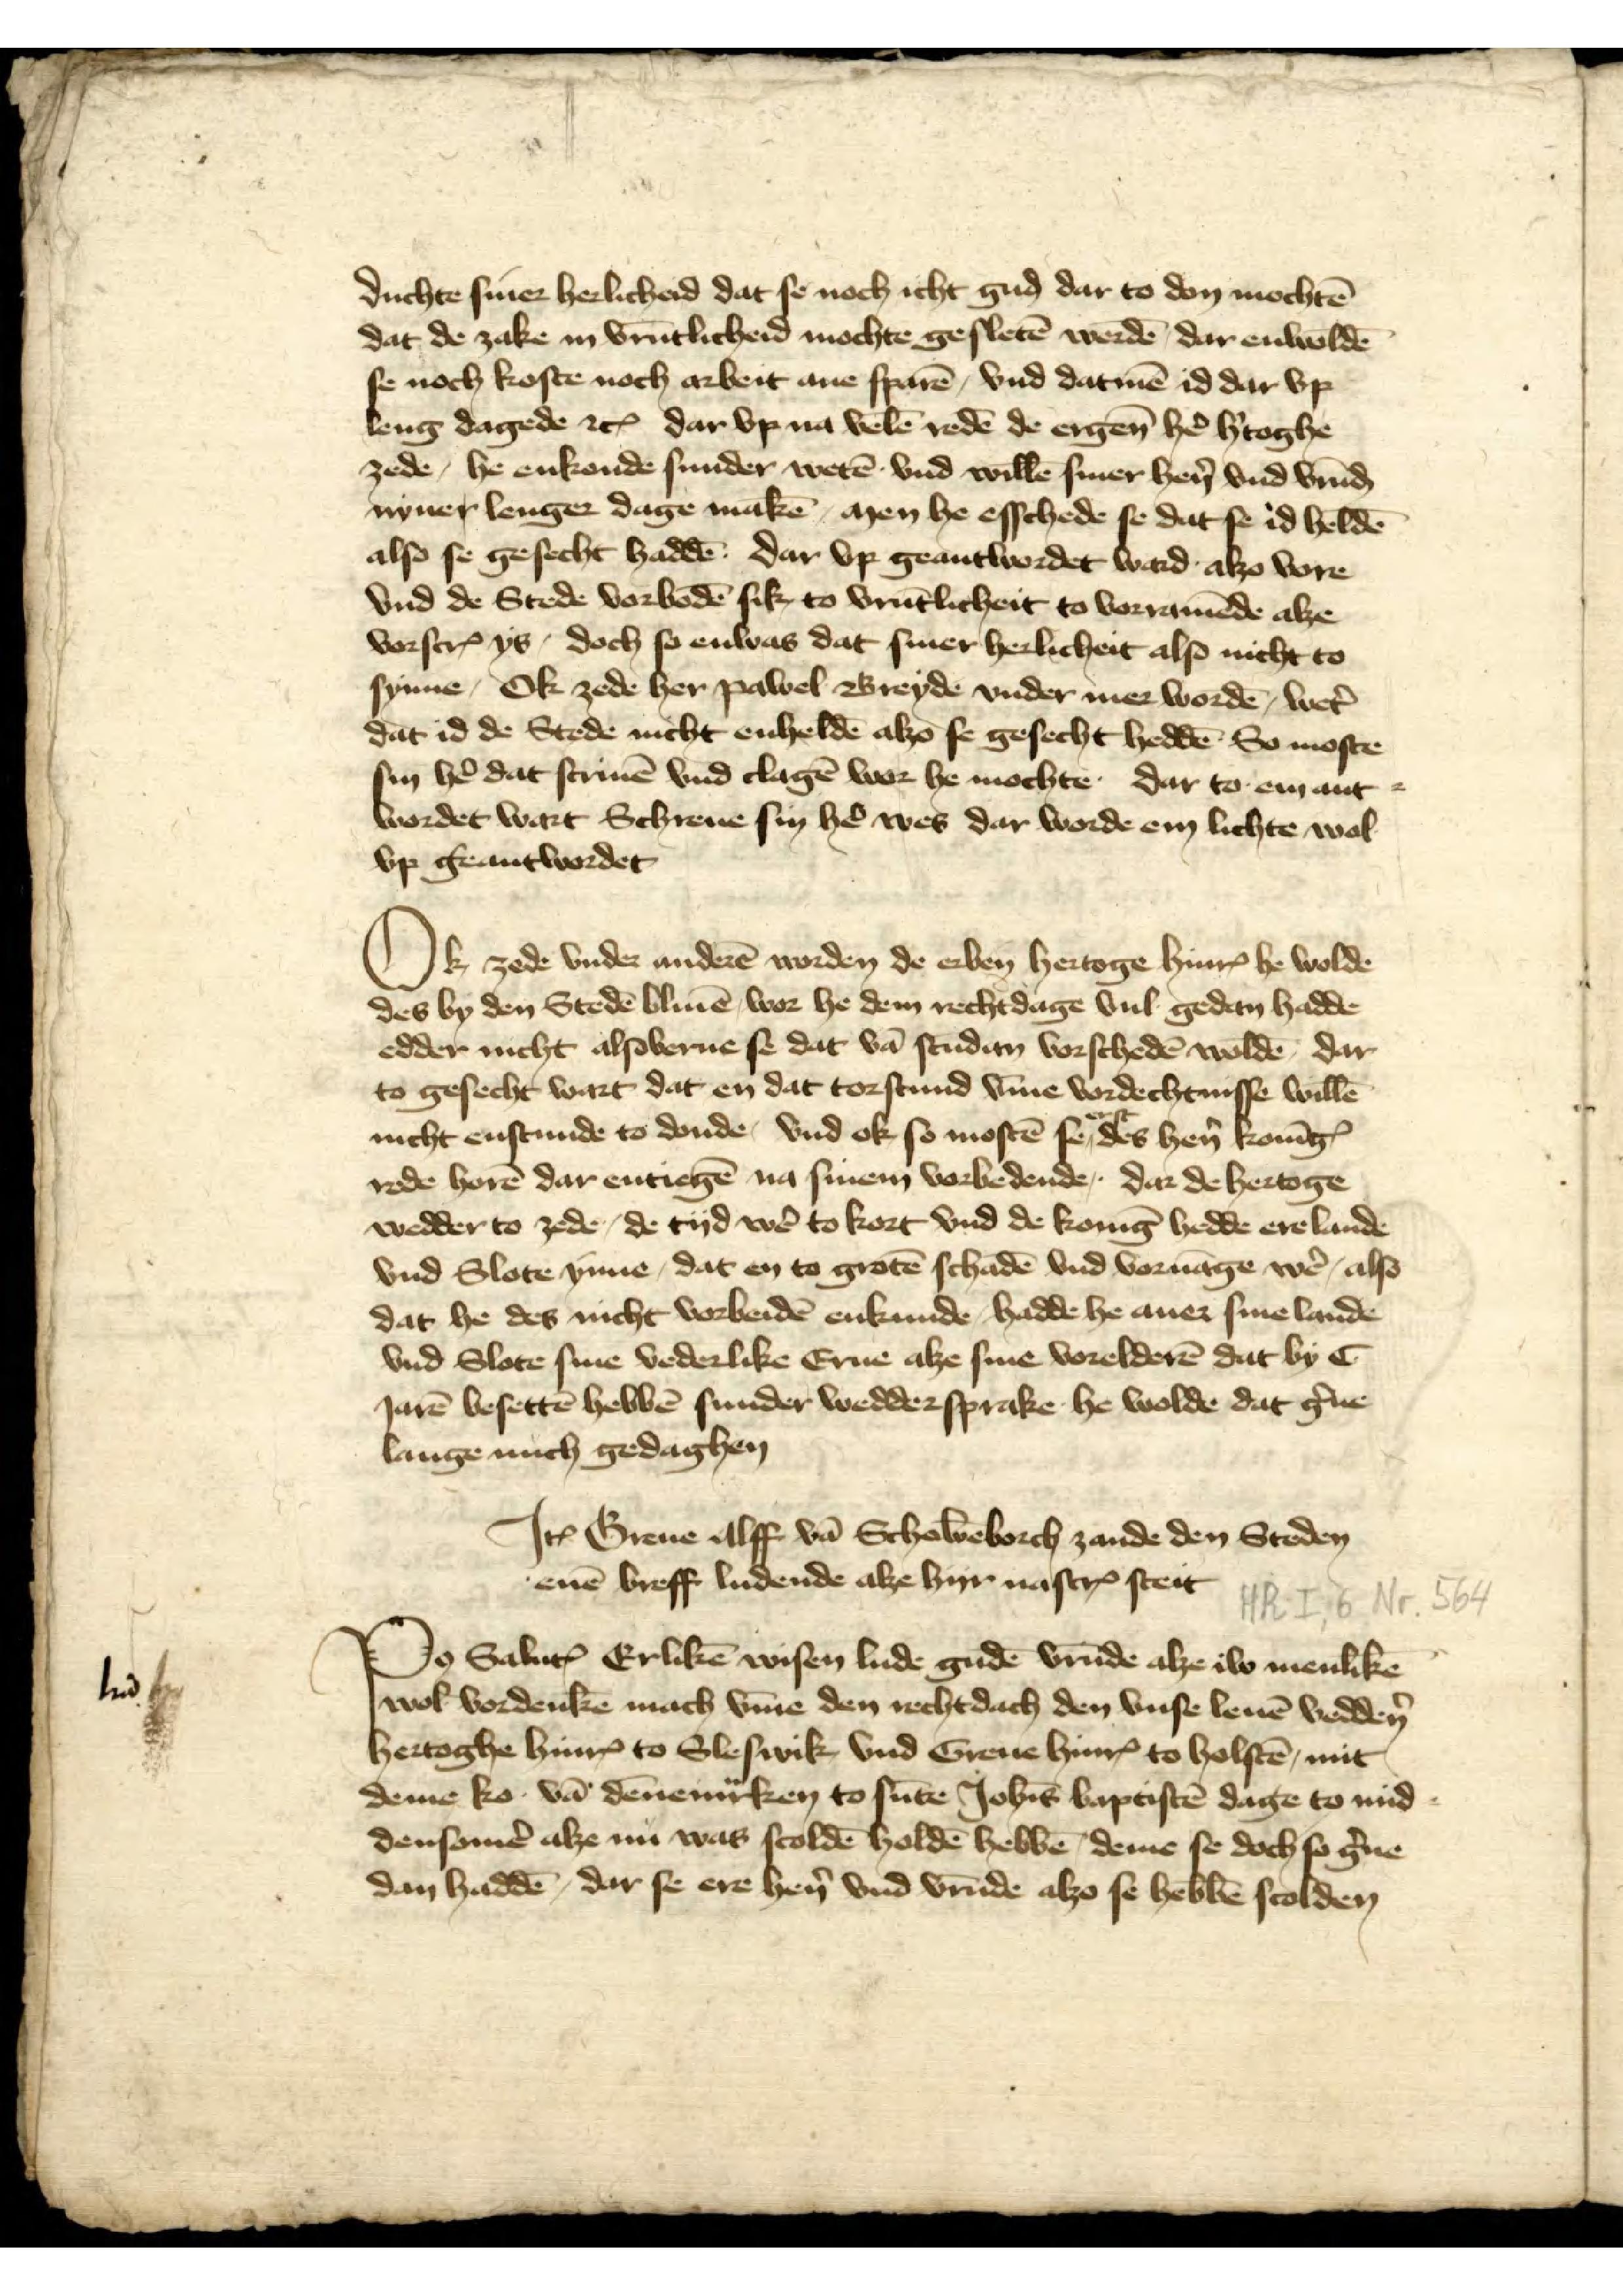
duchte siner herlicheid dat noch icht gud dar to don mochtē
dat de zake in vrūtlicheid mochte gesletē werdē, dar enwoldē
se noch koste noch arbeit ane sparē, vnd datmē id dar vp
leng dagede etꝬ dar vp na velē redē de ergen̄ hẻ h̉toghe
zede, he enkonde sunder wetē vnd willē siner hẻn vnd vrūḑ
nyner lenger dage makē, men he esschede se dat se id heldē
also se gesecht haddē. Dar vp geantwordet ward alzo vore
vnd de Stede vorbodē sik, to vrūtlicheid to vorramēde alze
vorscrꝬ ys, doch so enwas dat siner herlicheit also nicht to
synne, Ok zede her Pawel Breyde vnder mer wordē, wet̄
dat id de Stede nicht enheldē alzo se gesecht heddē. So moste
sin hẻ dat scriuē vnd clagē wor he mochte. Dar to em ant¬
wordet wart Schreue sin hẻ wes dar worde em lichte wol
vp geantwordet

Ok zede vnder anderē worden de erben̄ hertoge HinrꝬ he wolde
des by den Stedē bliuē, wor he dem rechtdage vul gedan hadde
edder nicht alsoverne se dat vā stūden vorschedē woldē, dar
to gesecht wart dat en dat torstund v̄me vordechtnisse willē
nicht enstunde to dunde, vnd ok so mostē se erst des hẻn KonīgꝬ
rede horē dar entiegē na sinem vorbedende. Dar de hertoge
wedder to zede, de tyd wẻ to kort vnd de Konīg hedde ere lande
vnd Slote ynne, dat en to grotē schadē vnd voruāge wẻ, also
dat he des nicht vorbeidē enkunde, hadde he auer sine lande
vnd Slote sine vederlike Erne alze sine vorelderē dat by C
Jarē besettē hebbē sunder weddersprake he wolde dat g̉ne
lange nuch gedaghen

Iꝷ Breue Alff van Schowēborch zande den Steden
enen breff ludende alze hyr nascrꝬ steit
Po̧ Saluꝷ Erlikē wisen lude gudē vrūde alze iw menlikē
wol ̄vordenkē mach v̄me den rechtdach den vnse leuē veddẻn
hertoghe HinrꝬ to Sleswik vnd Greue HinrꝬ to Holstē, mit
deme ko vā Dēnemͣrken to sūte Joh̄is Baptistē dage to mid¬
densomẻ alze nu was scoldē holdē hebbē deme se doch so g̉ne
dan haddē, dar se ere hẻn vnd vrūde alzo se hebbē scolden

l̄t̄a